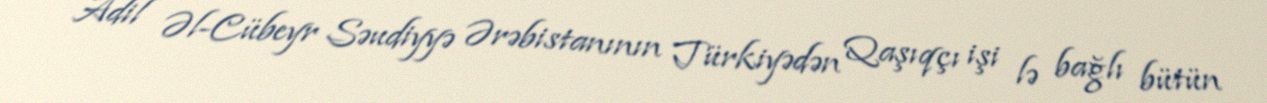
Adil Əl-Cübeyr Səudiyyə Ərəbistanının Türkiyədən Qaşıqçı işi lə bağlı bütün